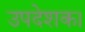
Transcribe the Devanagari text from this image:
उपदेशक।